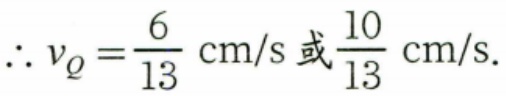
$\therefore v_{Q}=\frac{6}{13}\text{ cm/s或}\frac{10}{13}\text{ cm/s}.$